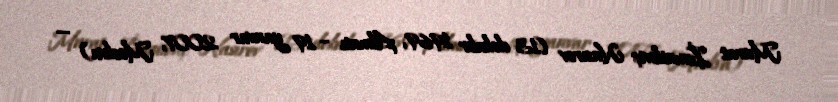
Murat İsmailoviç Nasırov (13 dekabr 1969, Almatı – 19 yanvar 2007, Moskva) —